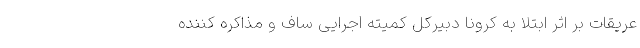
عریقات بر اثر ابتلا به کرونا دبیرکل کمیته اجرایی ساف و مذاکره کننده